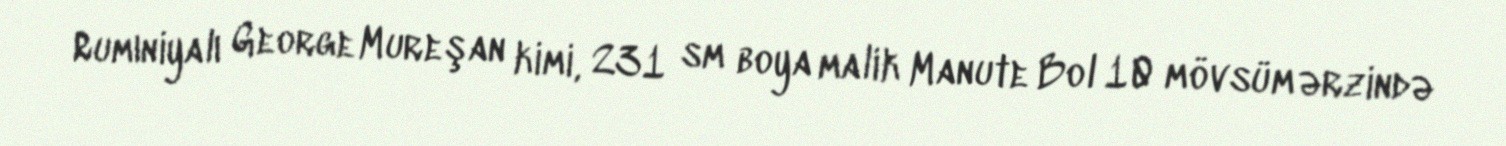
Rumıniyalı George Mureşan kimi, 231 sm boya malik Manute Bol 10 mövsüm ərzində